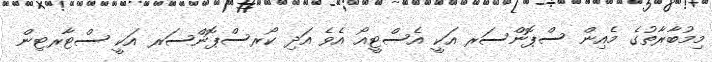
މިމުބާރާތުގެ މެއިން ސްޕޮންސަރ އަކީ އެސްޓީއޯ އެވެ އަދި ކޯރސްޕޮންސަރ އަކީ ސްޓާރޓިން